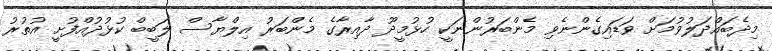
މިދެބައްދަލުވުމަށް ވަޑައިގެންނެވި މެންބަރުންނަކީ ހުޅުމީދޫ ދާއިރާގެ މެންބަރު އިލްޔާސް ލަބީބް ކުޅުދުއްފުށީ އުތުރު